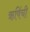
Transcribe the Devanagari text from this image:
ऋषिंची